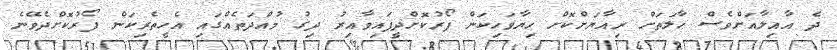
ދެ އާއިލާއަށްވެސް ޙާލަތަށް ރިއާޔަށްކޮށް ހިޔާވަހިކަން ފޯރުކޮށްދީފައިވާއިރު ދިގު މުއްދަތެއްގައި އެހީތެރިކަން ފޯރުކޮށްދެވޭނެ